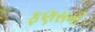
ફણસની